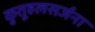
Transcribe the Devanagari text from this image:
कुतूहलसर्जना